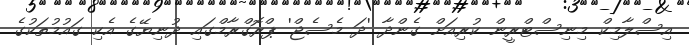
އިސްލާމިކް މިނިސްޓްރީން ކުރިއަށް ގެންދާ 'ދަ މެސެޖް' ޕްރޮގްރާމްގައި ދުނިޔޭގެ އެކި ގައުމުތަކުގެ